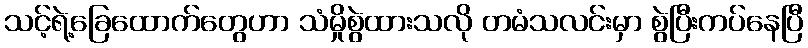
သင့်ရဲ့ခြေထောက်တွေဟာ သံမှိုစွဲထားသလို တမံသလင်းမှာ စွဲပြီးကပ်နေပြီ